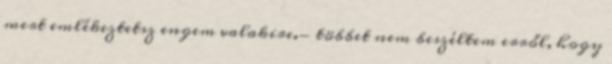
mert emlékeztetsz engem valakire.- többet nem beszéltem erről, hogy